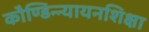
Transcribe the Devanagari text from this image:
काैण्डिन्न्यायनशिक्षा